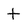
Character: t